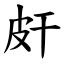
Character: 皯